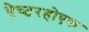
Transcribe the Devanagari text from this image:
ऐच्टरहोएक